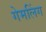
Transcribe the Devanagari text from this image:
गेमलिंग